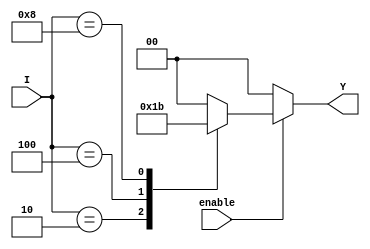
module encoder_4to2 (
    input wire [3:0] I,     // 4 input lines
    input wire enable,      // Enable signal
    output reg [1:0] Y      // 2 output lines
);

always @* begin
    if (!enable) begin
        Y = 2'b00;  // If enable is low, set outputs to 00
    end else begin
        case (I)
            4'b0000: Y = 2'b00;  // No active input
            4'b0001: Y = 2'b00;  // I0 active
            4'b0010: Y = 2'b01;  // I1 active
            4'b0100: Y = 2'b10;  // I2 active
            4'b1000: Y = 2'b11;  // I3 active
            default: Y = 2'b00;   // Default for any case not defined
        endcase
    end
end

endmodule